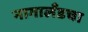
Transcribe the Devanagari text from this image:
नागालँडचा